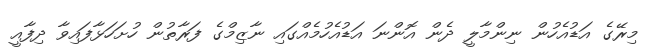
މިރޭގެ އަޑުއެހުން ނިންމާލީ ދެން އޮންނަ އަޑުއެހުމެއްގައި ނާޒިމްގެ ފަރާތުން ހުށަހަޅާފައިވާ ދިފާއީ